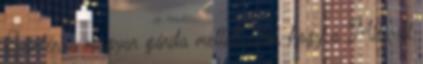
Szintén a magyar gárda mellett szól, hogy a Milwall